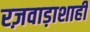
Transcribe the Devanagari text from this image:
रज़वाड़ाशाही